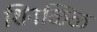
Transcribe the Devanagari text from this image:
शिवळ्ळि